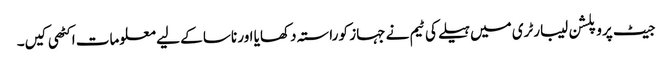
جیٹ پروپلشن لیبارٹری میں ہیلے کی ٹیم نے جہاز کو راستہ دکھایا اور ناسا کے لیے معلومات اکٹھی کیں۔